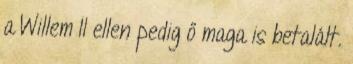
a Willem II ellen pedig ő maga is betalált.